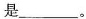
是___。